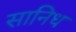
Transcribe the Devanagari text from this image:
सानिध